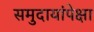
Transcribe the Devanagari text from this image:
समुदायांपेक्षा